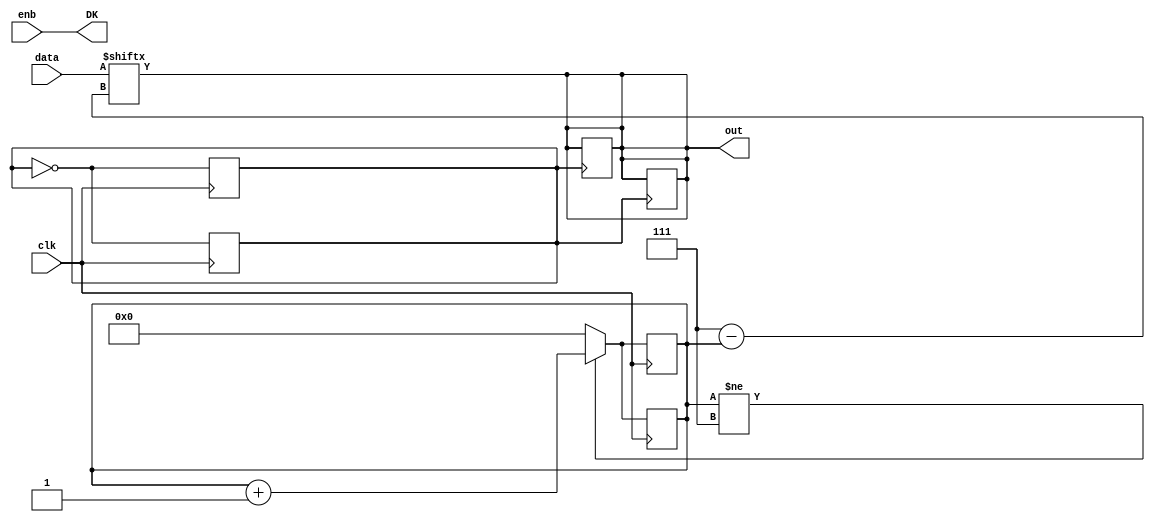
//IE-0523 Circuitos Digitales II
//Proyecto1. Serializadodor del Regitro Desplazable de 8 bits	
//I Ciclo 2018
//--Modificado por Jorge Munoz Taylor


module serializador (enb,data,clk,DK,out);

	//Entradas // enb =1 palabra valida, enb=0 invalida
	input clk, enb; 
	input [7:0] data;	//	Data
	//Salida
	output reg out;
	output DK;

	//Variables Temporales / Registros Internos
	reg [3:0] counter = 7;
	reg [3:0] cable_counter = 7;
	reg 	  count=0; //Permite visualizar COUNTER como un reloj
	reg 	  countdata=1;
	reg 	  temp;

	assign DK = enb;
	always @* counter = cable_counter;

//Control del Path.
//**************************************************
always @(posedge clk) 
		if (counter != 7) begin
			cable_counter <= cable_counter + 1'b1;
			count = !count;
			end
		//Cuenta de 0 a 8.
		else begin 
			cable_counter <= 0;
			count =!count;
		end
		
always @(negedge clk)
		if (counter != 7) begin
			cable_counter <= cable_counter + 1'b1;
			count = !count;
			end
		//Cuenta de 0 a 8.
		else begin 
			cable_counter <= 0;
			count =!count;
		end
		
//****************************************************
always @* out <= data[7-counter];

//****************************************************
always @(posedge count) begin
	out <= data[7-counter];
	if(counter==0) countdata=!countdata;
	if(counter==7) countdata=!countdata;
	end

always @(negedge count) out <= data[7-counter];
	
//*****************************************************
		
endmodule